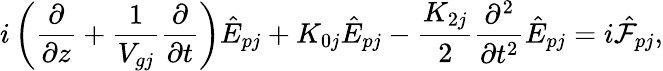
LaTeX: i\left(\frac{\partial}{\partial z}+\frac{1}{V_{gj}}\frac{\partial}{\partial t}\right)\hat{E}_{pj}+K_{0j}\hat{E}_{pj}-\frac{K_{2j}}{2}\frac{\partial^{2}}{\partial t^{2}}\hat{E}_{pj}=i{\hat{\cal F}}_{pj},